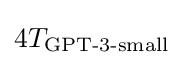
4T_{\text{GPT-3-small}}